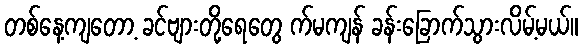
တစ်နေ့ကျတော့ ခင်ဗျားတို့ရေတွေ က်မကျန် ခန်းခြောက်သွားလိမ့်မယ်။